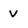
Character: v